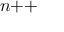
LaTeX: n { \mathrel { + { + } } }